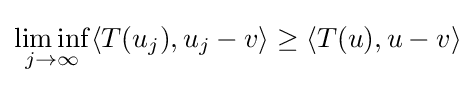
\liminf _{j\to \infty }\langle T(u_{j}),u_{j}-v\rangle \geq \langle T(u),u-v\rangle